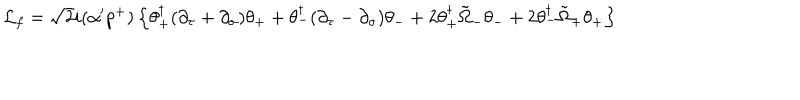
{ \cal L } _ { f } = \sqrt { 2 } i ( \alpha ^ { \prime } p ^ { + } ) \left\{ \theta _ { + } ^ { \dagger } ( \partial _ { \tau } + \partial _ { \sigma } ) \theta _ { + } + \theta _ { - } ^ { \dagger } ( \partial _ { \tau } - \partial _ { \sigma } ) \theta _ { - } + 2 \theta _ { + } ^ { \dagger } \tilde { \Omega } _ { - } \theta _ { - } + 2 \theta _ { - } ^ { \dagger } \tilde { \Omega } _ { + } \theta _ { + } \right\}